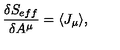
\frac { \delta S _ { e f f } } { \delta A ^ { \mu } } = \langle J _ { \mu } \rangle ,